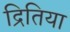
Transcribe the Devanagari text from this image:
द्रितिया